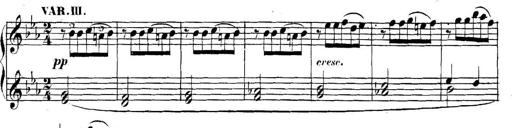
Title: Collected Piano Sonatas
Composer: Muzio Clementi